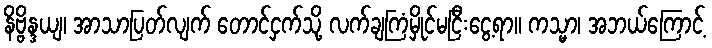
နိဗ္ဗိန္ဒယျ၊ အာသာပြတ်လျက် တောင်ငှက်သို့ လက်ချကြံမှိုင်မငြီးငွေ့ရာ။ ကသ္မာ၊ အဘယ်ကြောင့်